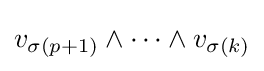
v_{\sigma (p+1)}\wedge \dots \wedge v_{\sigma (k)}